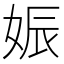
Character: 娠